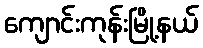
ကျောင်းကုန်းမြို့နယ်